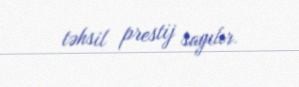
təhsil prestij sayılır.